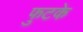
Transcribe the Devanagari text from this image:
फुटके